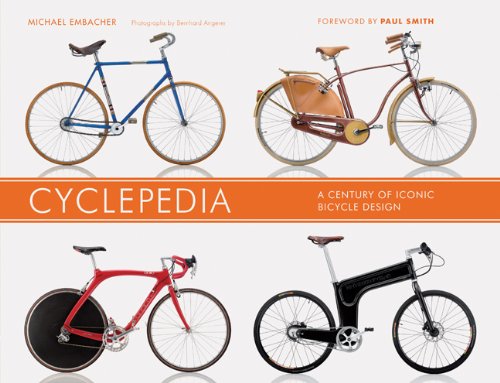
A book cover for Cyclepedia: A Century of Iconic Bicycle Design; Michael Embacher; Arts & Photography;